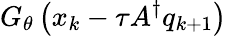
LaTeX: G_{\theta}\left(x_{k}-\tau A^{\dagger}q_{k+1}\right)